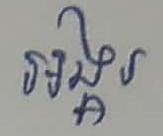
អង្គរ